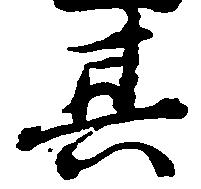
其